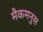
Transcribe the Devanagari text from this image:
मैकमनुस